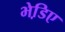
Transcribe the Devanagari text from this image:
भेडि़ए